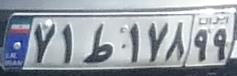
۷۱ط۱۷۸۹۹